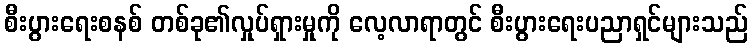
စီးပွားရေးစနစ် တစ်ခု၏လှုပ်ရှားမှုကို လေ့လာရာတွင် စီးပွားရေးပညာရှင်များသည်